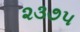
૨૩૭૫